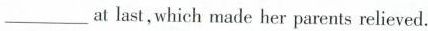
___at last, which made her parents relieved.